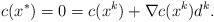
LaTeX: \begin{align*} c(x^*) = 0 = c(x^k)+\nabla c(x^k)d^k.\end{align*}